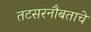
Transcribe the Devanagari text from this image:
तटसरनौबताचे